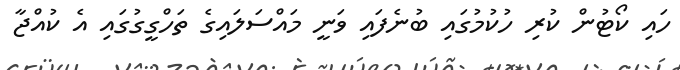
ހައި ކޯޓުން ކުރި ހުކުމުގައި ބުނެފައި ވަނީ މައްސަލައިގެ ތަހްގީގުގައި އެ ކުއްޖާ